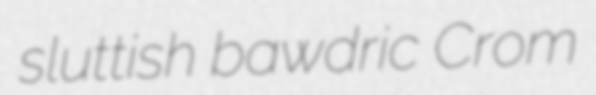
sluttish bawdric Crom